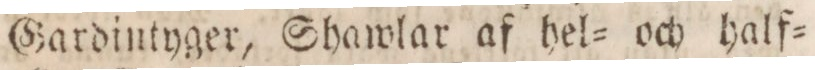
Gardintyger, Shawlar af hel= och half=